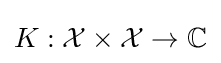
K:{\mathcal {X}}\times {\mathcal {X}}\to \mathbb {C}